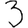
Digit: 3